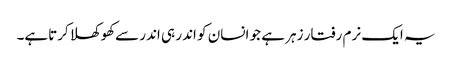
یہ ایک نرم رفتار زہر ہے جو انسان کو اندر ہی اندر سےکھوکھلا کرتاہے۔